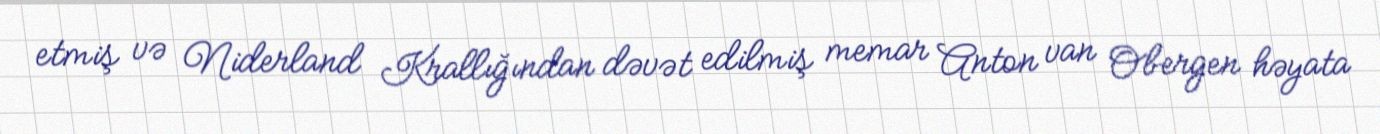
etmiş və Niderland Krallığından dəvət edilmiş memar Anton van Obergen həyata